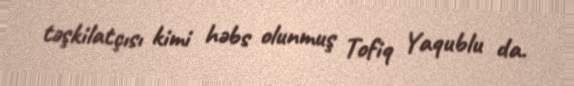
təşkilatçısı kimi həbs olunmuş Tofiq Yaqublu da.